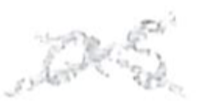
Text: as
Cross-out: cross
Writing tool: pencil